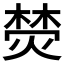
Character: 𭵦